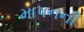
માપનની